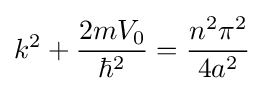
k^{2}+{\frac {2mV_{0}}{\hbar ^{2}}}={\frac {n^{2}\pi ^{2}}{4a^{2}}}